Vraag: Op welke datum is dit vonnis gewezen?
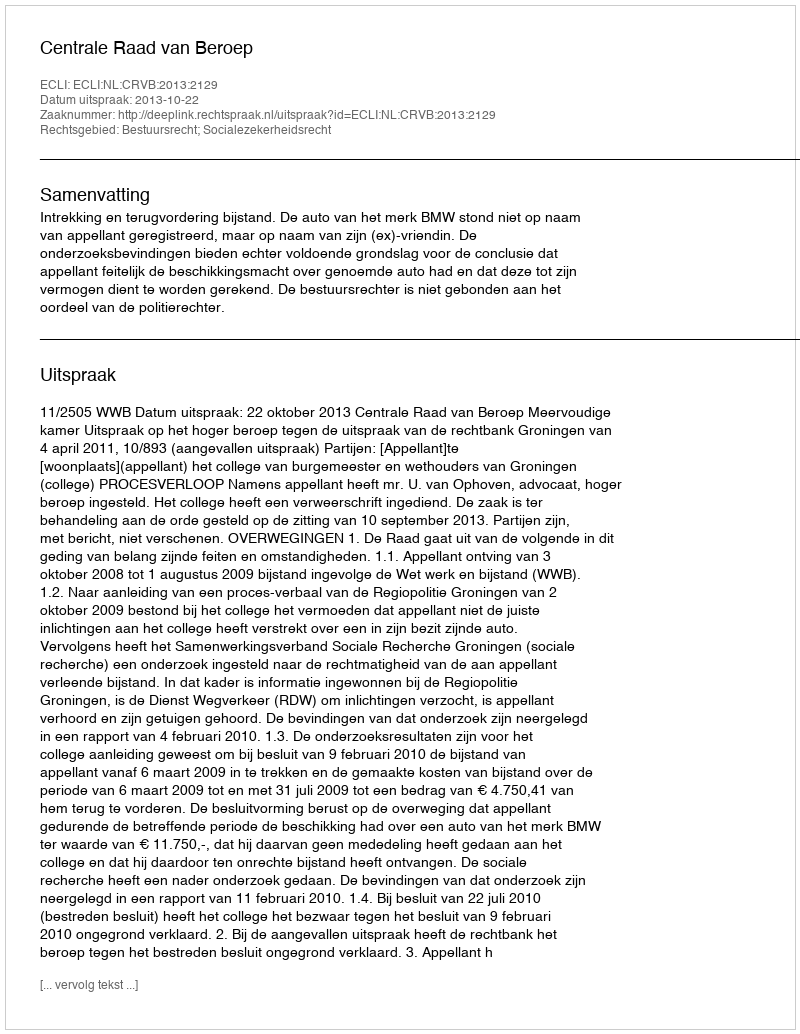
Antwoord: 2013-10-22